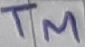
Text: TM